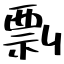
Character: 剽